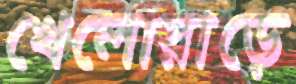
খেলোয়াড়ে